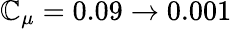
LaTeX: \mathbb{C}_{\mu}=0.09\to0.001